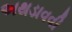
અથડાવવી